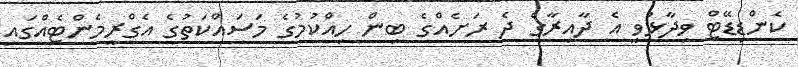
ކެންޑިޑޭޓް ވިދާޅުވީ އެ ދާއިރާގެ ދެ ރަށެއްގެ ބިން ހިއްކުމުގެ މަސައްކަތުގެ އެގްރީމެންޓެއްގައި